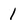
Character: 1